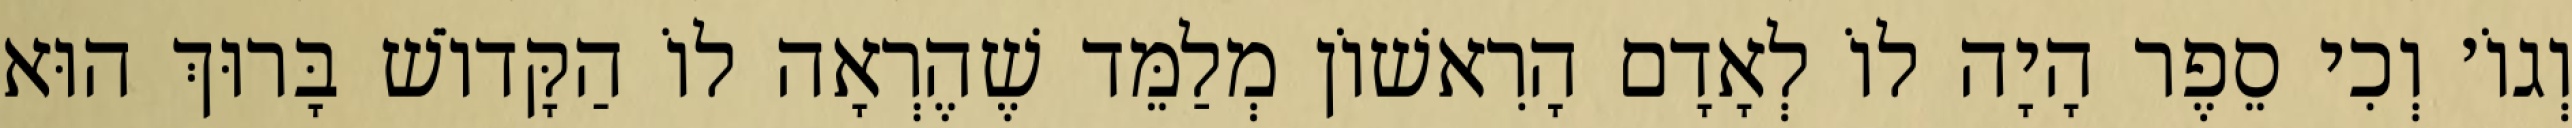
וְגוֹ׳ וְכִי סֵפֶר הָיָה לוֹ לְאָדָם הָרִאשׁוֹן מְלַמֵּד שֶׁהֶרְאָה לוֹ הַקָּדוֹשׁ בָּרוּךְ הוּא